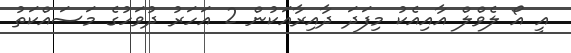
އީ އޯ ލެވްލް އާއިއެކު މިފަދަ ދާއިރާއަކުން 2 އަހަރު ދުވަހުގެ މަސައްކަތު